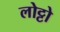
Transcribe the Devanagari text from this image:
लोट्टो